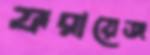
ফরায়েজ